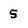
Character: 5